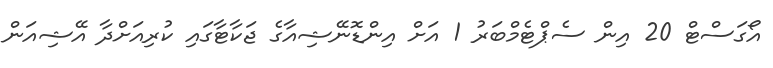
އޯގަސްޓް 20 އިން ސެޕްޓެމްބަރު 1 އަށް އިންޑޮނޭޝިއާގެ ޖަކާޓާގައި ކުރިއަށްދާ އޭޝިއަން